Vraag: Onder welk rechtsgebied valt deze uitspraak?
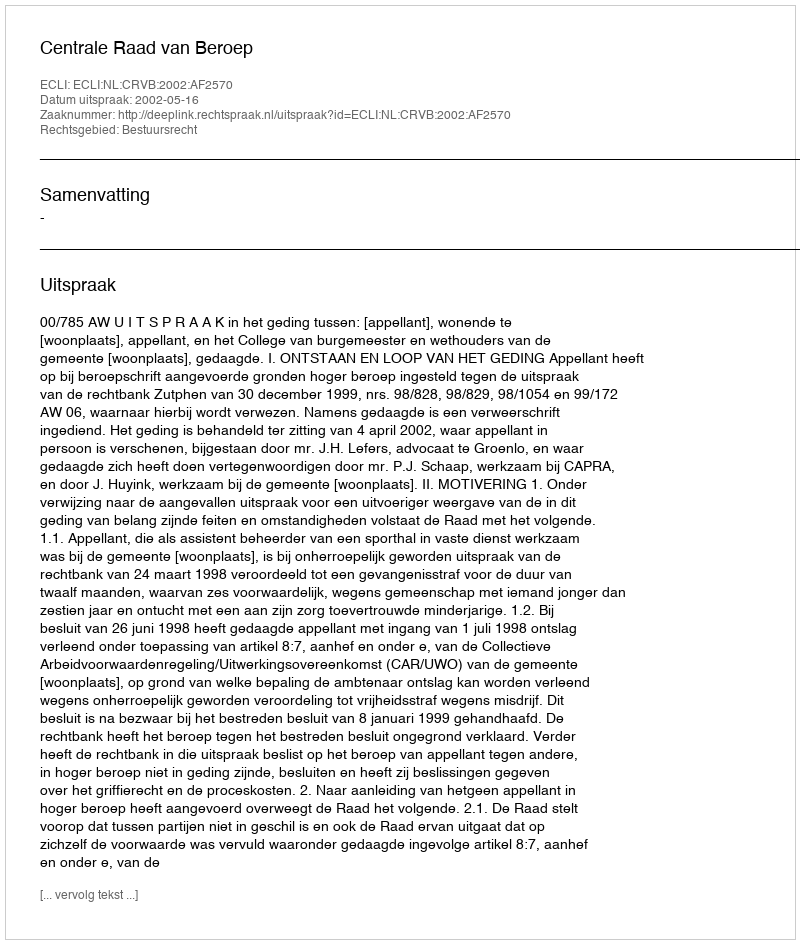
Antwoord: Bestuursrecht